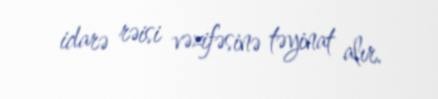
idarə rəisi vəzifəsinə təyinat alır.